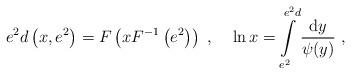
LaTeX: \begin{align*}e^2d\left(x,e^2\right)=F\left(xF^{-1}\left(e^2\right)\right)\;,\;\;\;\;\ln x=\int\limits_{e^2}^{e^2d}\frac{{\rm d}y}{\psi(y)}~,\end{align*}